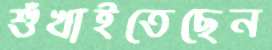
শুঁখাইতেছেন